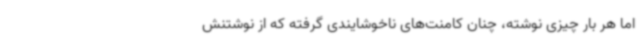
اما هر بار چیزی نوشته، چنان کامنت‌های ناخوشایندی گرفته که از نوشتنش